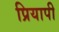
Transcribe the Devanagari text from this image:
प्रियापी